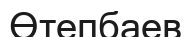
Өтепбаев